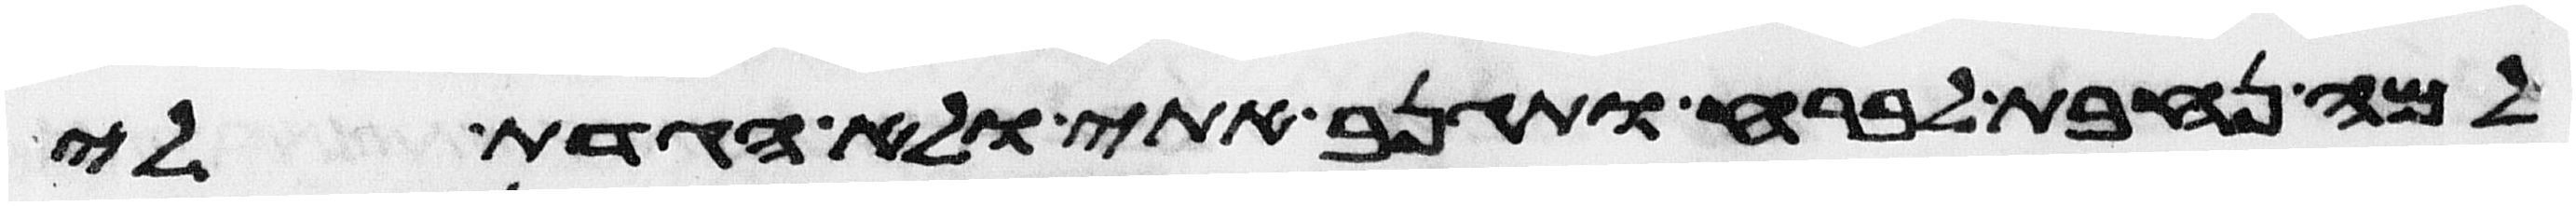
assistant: למה נחבת לברח ותגנב אתי ולא הגדת לי